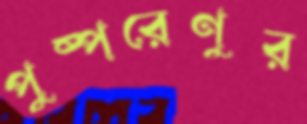
পুষ্পরেণুর